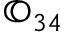
{ \mathbb O } _ { 3 4 }